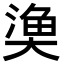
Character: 𭑞